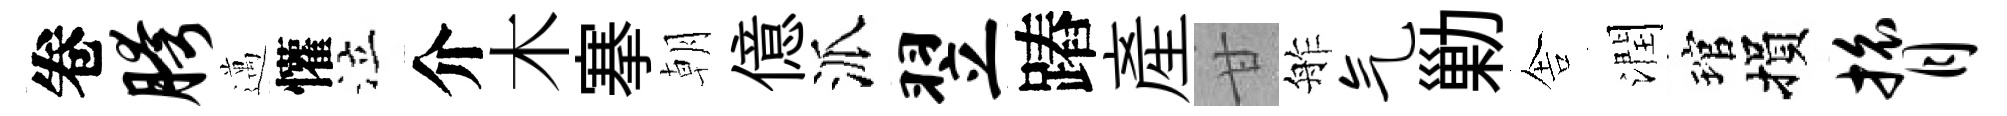
卷胯邁懽泣介木搴朝億派翌蹖産甘舴气勦舎潤琯損膂